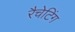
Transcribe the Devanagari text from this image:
रैचेटिंग